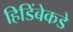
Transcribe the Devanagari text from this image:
हिडिंबेकडे